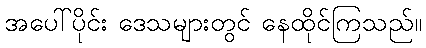
အပေါ်ပိုင်း ဒေသများတွင် နေထိုင်ကြသည်။